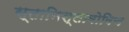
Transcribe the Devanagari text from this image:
स्तानिस्लावोविच